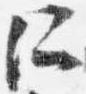
所